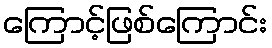
ကြောင့်ဖြစ်ကြောင်း